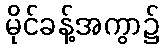
မိုင်ခန့်အကွာ၌